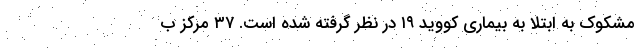
مشکوک به ابتلا به بیماری کووید ۱۹ در نظر گرفته شده است. ۳۷ مرکز ب